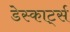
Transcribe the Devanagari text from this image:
डेस्कार्ट्स